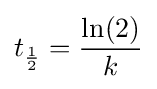
t_{\frac {1}{2}}={\frac {\ln(2)}{k}}